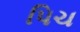
પિચ